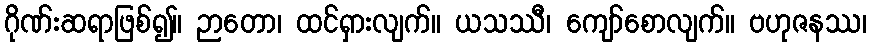
ဂိုဏ်းဆရာဖြစ်၍။ ဉာတော၊ ထင်ရှားလျက်။ ယသဿီ၊ ကျော်စောလျက်။ ဗဟုဇနဿ၊